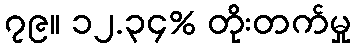
၇၉။ ၁၂.၃၄% တိုးတက်မှု